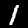
Digit: 1